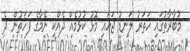
މުބާރާތުގައި ހަތަރު ލަނޑު ޖަހައި މޮޅު ކުޅުމެއް ދެއްކި ނޭމާގެ ފަހަތުން ދެ